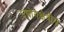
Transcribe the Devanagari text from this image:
उद्योगक्षेत्रीय